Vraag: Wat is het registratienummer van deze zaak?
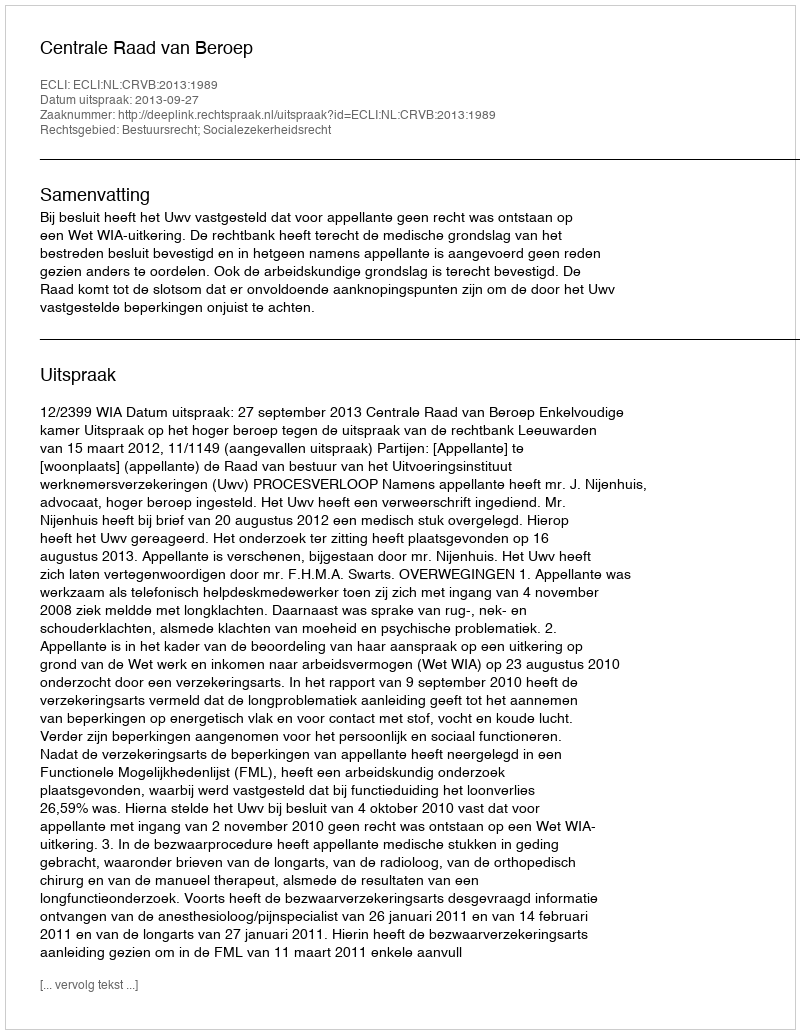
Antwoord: http://deeplink.rechtspraak.nl/uitspraak?id=ECLI:NL:CRVB:2013:1989